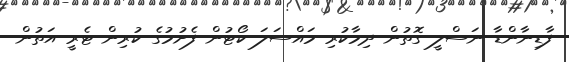
ފާޑިނާންޑާ ނަސްލީ ގޮތުން ދިމާކުރި މައްސަލަ ކޯޓުން ފެށުމުގެ ކުރިން ޓެރީ އަތުން